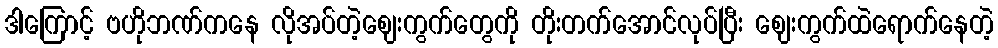
ဒါကြောင့် ဗဟိုဘဏ်ကနေ လိုအပ်တဲ့ဈေးကွက်တွေကို တိုးတက်အောင်လုပ်ပြီး ဈေးကွက်ထဲရောက်နေတဲ့